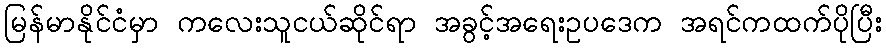
မြန်မာနိုင်ငံမှာ ကလေးသူငယ်ဆိုင်ရာ အခွင့်အရေးဥပဒေက အရင်ကထက်ပိုပြီး